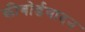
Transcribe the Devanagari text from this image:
कीबोर्डवादन